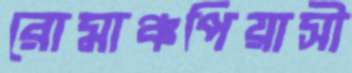
রোমাঞ্চপিয়াসী